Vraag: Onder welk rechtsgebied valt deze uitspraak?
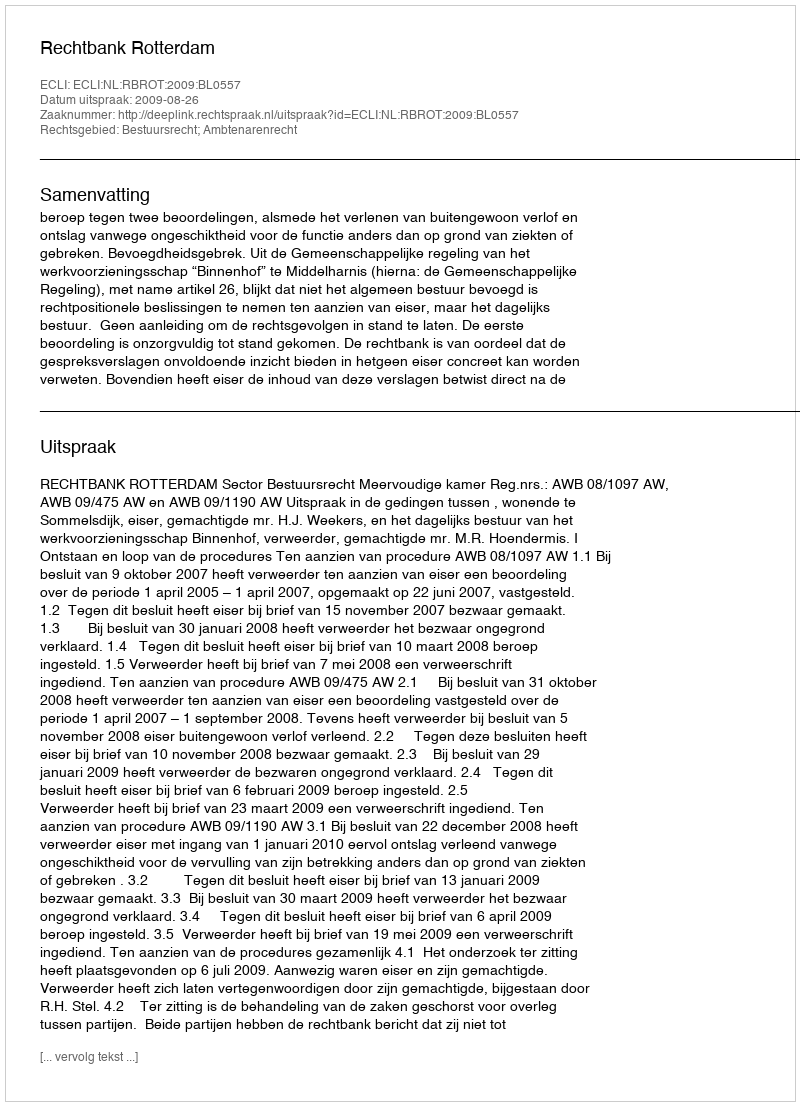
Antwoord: Bestuursrecht; Ambtenarenrecht